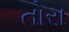
તોરા